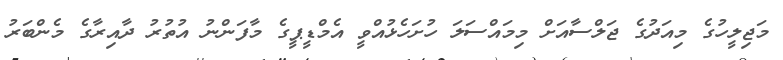
މަޖިލީހުގެ މިއަދުގެ ޖަލްސާއަށް މިމައްސަލަ ހުށަހެޅުއްވީ އެމްޑީޕީގެ މާފަންނު އުތުރު ދާއިރާގެ މެންބަރު